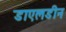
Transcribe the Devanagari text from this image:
डाएलडीन